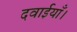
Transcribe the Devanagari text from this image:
दवाईयाँ।